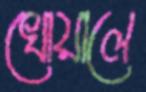
খোয়ালে